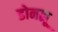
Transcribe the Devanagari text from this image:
डोनह्यू